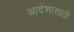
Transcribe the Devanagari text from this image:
आदेशासाठी